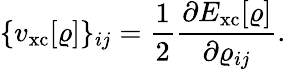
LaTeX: {\displaystyle\{ v_{\mathrm{xc}}[\varrho]\} _{ij}=\frac{1}{2}\frac{\partial E_{\mathrm{xc}}[\varrho]}{\partial\varrho_{ij}}.}